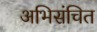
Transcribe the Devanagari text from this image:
अभिसंचित